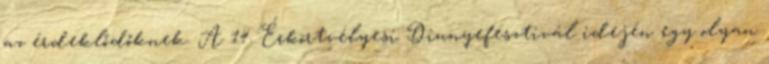
az érdeklődőknek. A 14. Érkörtvélyesi Dinnyefesztivál idején egy olyan